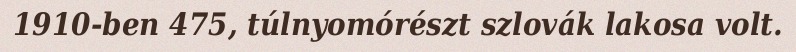
1910-ben 475, túlnyomórészt szlovák lakosa volt.